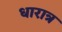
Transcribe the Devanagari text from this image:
धारात्र